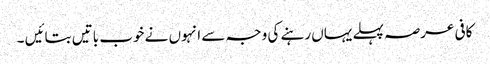
کافی عرصہ پہلے یہاں رہنے کی وجہ سے انہوں نے خوب باتیں بتائیں ۔